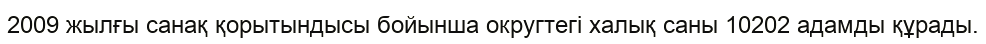
2009 жылғы санақ қорытындысы бойынша округтегі халық саны 10202 адамды құрады.